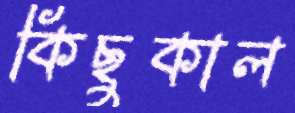
কিছুকাল